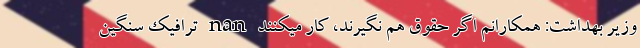
وزیر بهداشت: همکارانم اگر حقوق هم نگیرند، کار میکنند nan ترافیک سنگین